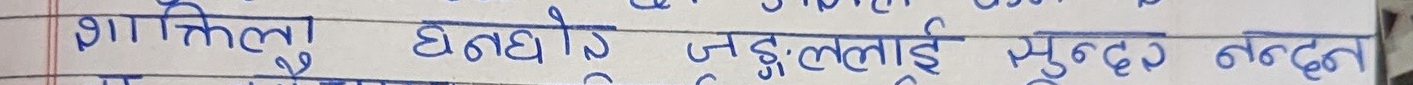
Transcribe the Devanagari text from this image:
शाकिलु घंघोडो जङ्गलाई मुल्दा नदले